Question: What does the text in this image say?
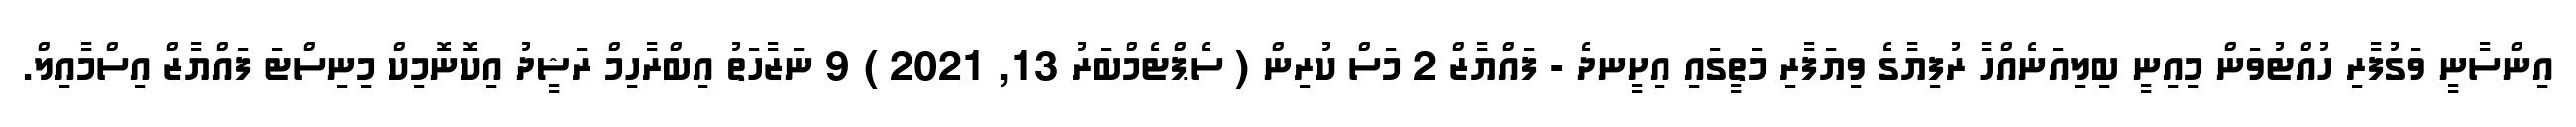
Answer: އިންސާނީ ވަގުފާރި ހުއްޓުވަން މިއިނީ ބިލިއަނެއްހާ ރުފިޔާގެ ވިޔަފާރި މަތީގައި އިށީނދެ - ފައްޔާޒް 2 މަސް ކުރިން ( ސެޕްޓެމްބަރު 13, 2021 ) 9 ނަޒާހަތު އިބްރާހިމް ރަޝީދު އިކޮނޮމިކް މިނިސްޓަ ފައްޔާޒް އިސްމާއިލް.